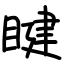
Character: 睷